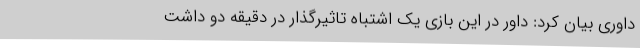
داوری بیان کرد: داور در این بازی یک اشتباه تاثیرگذار در دقیقه دو داشت